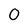
Character: O